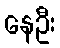
နေဦး